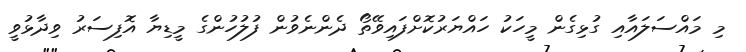
މި މައްސަލައާއި ގުޅިގެން މީހަކު ހައްޔަރުކޮށްފައިވޭތޯ ދެންނެވުން ފުލުހުންގެ މީޑިޔާ އޮފިސަރު ވިދާޅުވީ